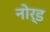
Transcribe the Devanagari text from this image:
नोर्ड